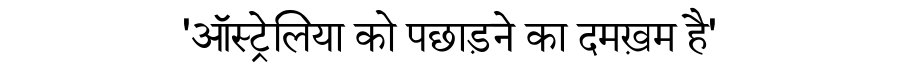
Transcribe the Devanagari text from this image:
'ऑस्ट्रेलिया को पछाड़ने का दमख़म है'